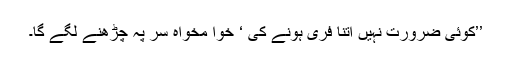
’’کوئی ضرورت نہیں اتنا فری ہونے کی ‘ خوا مخواہ سر پہ چڑھنے لگے گا۔